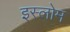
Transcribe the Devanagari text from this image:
इस्लोम